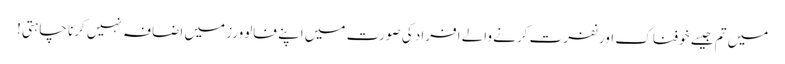
میں تم جیسے خوفناک اور نفرت کرنے والے افراد کی صورت میں اپنے فالوورز میں اضافہ نہیں کرنا چاہتی!